Tezpur Lunatic Asylum reports 1895-1904 - 1895-1904
Year: 1895
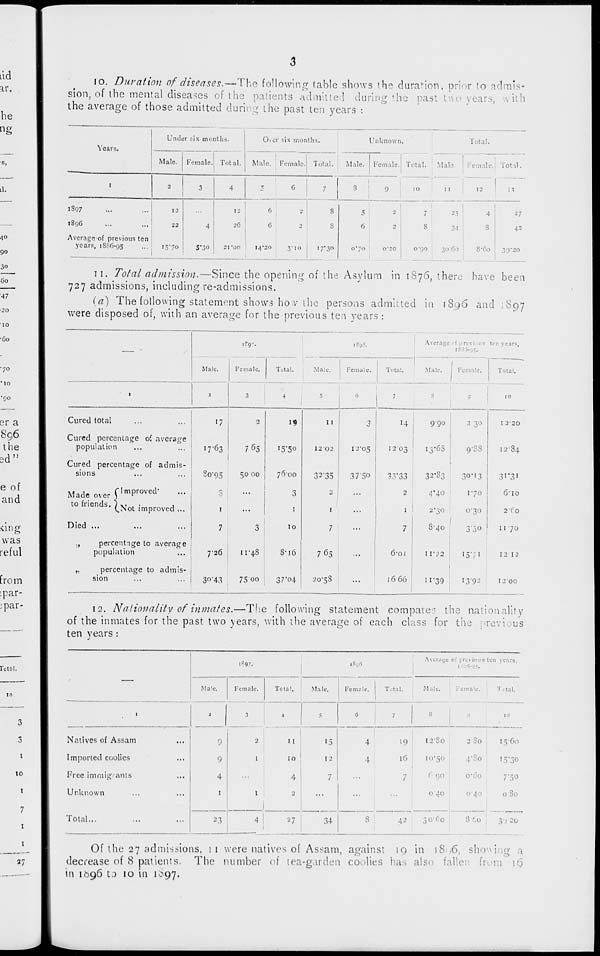
io. Duration of diseases.—The following table shows the duration, prior to admis-
sion, of the mental diseases of the patients admitted during the past two years, with
the average of those admitted during the past ten years :
Under six months.
Ove ' six mon ths.
Unknown
Total.
Years.
Total.
Male. Female. Total.
Male. Female. Total.
Male. Female.
Male
Female Total.
t
2
3
4
"
6
7
S
9
10
11
...
,
1S97
...
12
12
6
2
S
5
2
7
23
4
27
1896
...
22
4
26
6
2
s
6
2
S
34
S
42
Average of previous ten
years, 1S86-95
...
1570
S*3o
21'00
14*20
3"io
I /- 30
O'/O
0'20
0'(J0
30 60
S'6o
39*20
11. Total admission.—Since the opening of the Asylum in 1S76, there; have been
727 admissions, including re-admissions.
(a) Trie following statement shows how the persons admitted in 1S96 and 1897
were disposed of, with an average for the previous ten years :
1897.
1895.
Average ■ f i'r<j\ i 1
i3.s;>-,-.
ten years,
Male.
Female.
3
Total.
Male.
Fcmal e.
6
1
Total.
Male.
Female.
Total.
1
2
4
7
8
9
10
Cured total
17
2
If
II
3
,+
990
2 30
I 220
Cured percentage o{ average
population
17-63
7 65
15*50
12-02
I2-05
I203
I 3 '68
9'88
12-34
Cured percentage of admis-
sions
80-95
50 00
7600
32-35
37'50
33*33
32*83
30 M 3
31*3'
Made over f lm P roved '
"
tofriends -(Not improved...
I
3
1
2
I
...
2
1
4*4°
2-30
170
0-30
o-io
2'( O
Died ...
7
3
10
7
...
7
8-40 1
3*30
0 0
11-70
,,
percentTge to average
population
726
11-48
S-i6
765
...
6-oi
IT/2
•57i
12 12
„
percentage to admis-
sion
3°-43
7500
37*°4
20-58
...
1666
l
ii*39
13-92
1200
12. Nationality of inmates.—The following statement compares the nationality
of the inmates for the past, two years, with the average of each class for the :-revi us
ten years :
1*97.
i8ofi
Average or" previous ten years,
1 5-05,
Ma'e.
Female.
Total.
.Male.
Female.
Total.
Male. : Female.
Total.
:
1
3
4
.s
'
G
7
8
1
10
Natives of Assam
Imported coolies
Free immigrants
Unknown
Total...
11
10
4
12
4
4
19
12S0
2S0
15-60
1°"
10-50
.j\o
'5'3°
7
(■ 90
O'l
; i 1
0 40
0-40
0S0
27
34
42
30-1 0
8 '.o
3 1 20
Of the 27 admissions, 11 were natives of Assam, against 19 in 18 ,6, showing .1
decrease of 8 patients. The number of tea-garden coolies has also fallen from
in 1696 to 10 in 1^97.